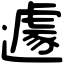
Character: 遽